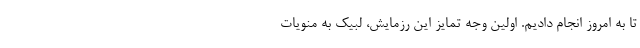
تا به امروز انجام دادیم. اوّلین وجه تمایز این رزمایش، لبیک به منویات